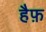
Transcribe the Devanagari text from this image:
हैफ़